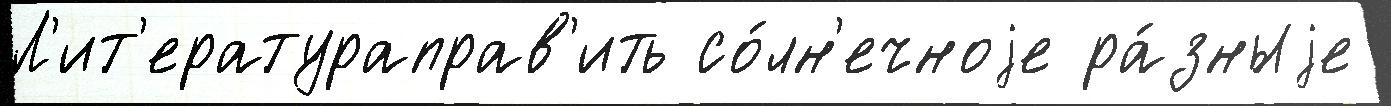
Л'ит'ератураправ'ить со́лн'ечноjе ра́зныjе